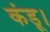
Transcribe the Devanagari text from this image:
कंडू।